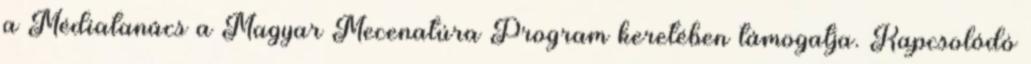
a Médiatanács a Magyar Mecenatúra Program keretében támogatja. Kapcsolódó